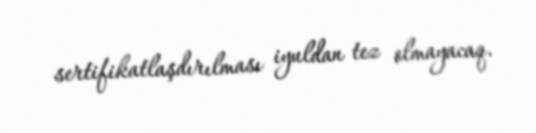
sertifikatlaşdırılması iyuldan tez olmayacaq.